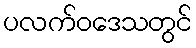
ပလက်ဝဒေသတွင်